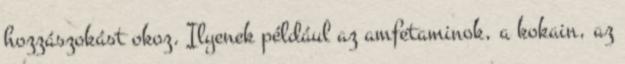
hozzászokást okoz. Ilyenek például az amfetaminok, a kokain, az